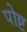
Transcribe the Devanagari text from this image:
पोष्ट